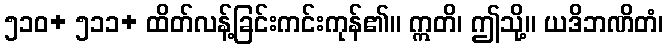
၅၁၀+ ၅၁၁+ ထိတ်လန့်ခြင်းကင်းကုန်၏။ ဣတိ၊ ဤသို့။ ယဒိဘဏိတံ၊